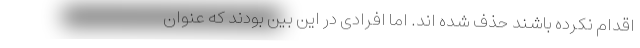
اقدام نکرده باشند حذف شده اند. اما افرادی در این بین بودند که عنوان